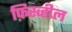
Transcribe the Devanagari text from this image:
फ़िस्व्हील